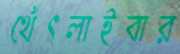
থেঁৎলাইবার